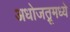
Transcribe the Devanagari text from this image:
अधोजत्रूमध्ये